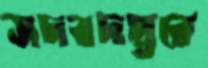
সদরদপ্তরে